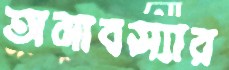
অমাবস্যার